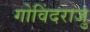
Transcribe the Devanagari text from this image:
गोविंदराजु